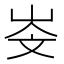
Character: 𡷁